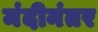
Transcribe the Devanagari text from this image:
मंदीनंतर